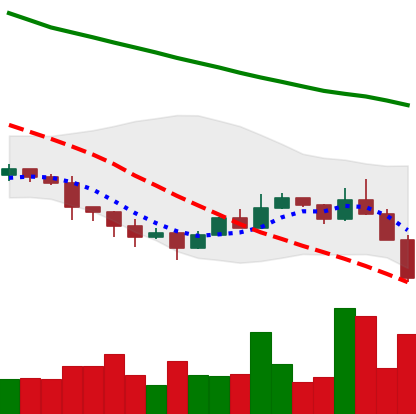
Ticker: ETC-USD
Chart end date: 2022-01-21
Forward return: -5.803%
Label: down_5_7